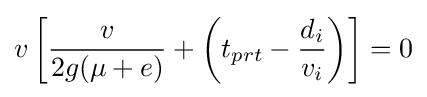
v\left[{\frac {v}{2g(\mu +e)}}+\left(t_{prt}-{\frac {d_{i}}{v_{i}}}\right)\right]=0